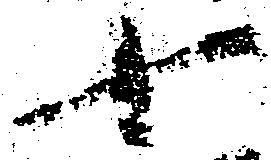
十